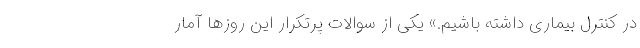
در کنترل بیماری داشته باشیم.» یکی از سوالات پرتکرار این روزها آمار